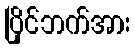
ပြိုင်ဘက်အား